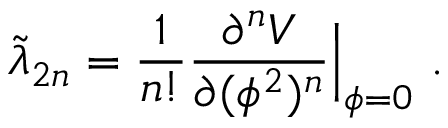
\tilde { \lambda } _ { 2 n } = { \frac { 1 } { n ! } } { \frac { \partial ^ { n } V } { \partial ( \phi ^ { 2 } ) ^ { n } } } \Big | _ { \phi = 0 } \ .